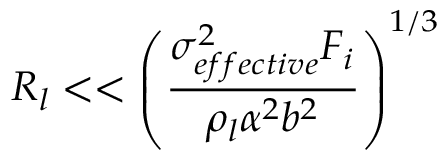
R _ { l } < < \left( \frac { \sigma _ { e f f e c t i v e } ^ { 2 } F _ { i } } { \rho _ { l } \alpha ^ { 2 } b ^ { 2 } } \right) ^ { 1 / 3 }